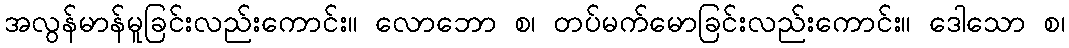
အလွန်မာန်မူခြင်းလည်းကောင်း။ လောဘော စ၊ တပ်မက်မောခြင်းလည်းကောင်း။ ဒေါသော စ၊